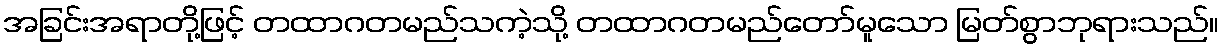
အခြင်းအရာတို့ဖြင့် တထာဂတမည်သကဲ့သို့ တထာဂတမည်တော်မူသော မြတ်စွာဘုရားသည်။